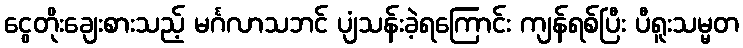
ငွေတိုးချေးစားသည့် မင်္ဂလာသဘင် ပျံသန်းခဲ့ရကြောင်း ကျန်ရစ်ပြီး ပီရူးသမ္မတ